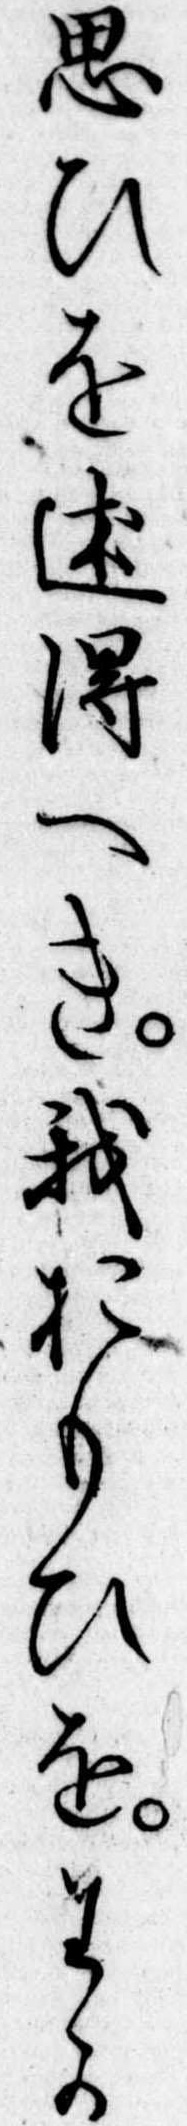
思ひを述得へき我おもひをわか